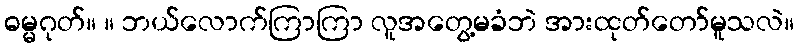
ဓမ္မဂုတ်။ ။ ဘယ်လောက်ကြာကြာ လူအတွေ့မခံဘဲ အားထုတ်တော်မူသလဲ။